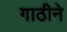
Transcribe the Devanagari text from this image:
गाठीने